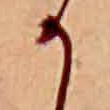
か